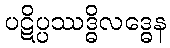
ပဋိပ္ပဿဒ္ဓိလဒ္ဓေန